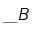
\_ B